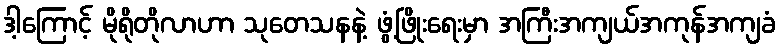
ဒါ့ကြောင့် မိုရိုတိုလာဟာ သုတေသနနဲ့ ဖွံ့ဖြိုးရေးမှာ အကြီးအကျယ်အကုန်အကျခံ